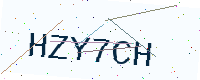
Text: HZY7CH